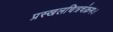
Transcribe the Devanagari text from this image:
प्रस्खलचित्रचंक्रमः।